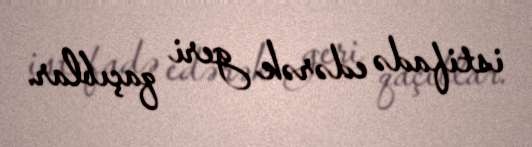
istifadə edərək geri qaçıblar.